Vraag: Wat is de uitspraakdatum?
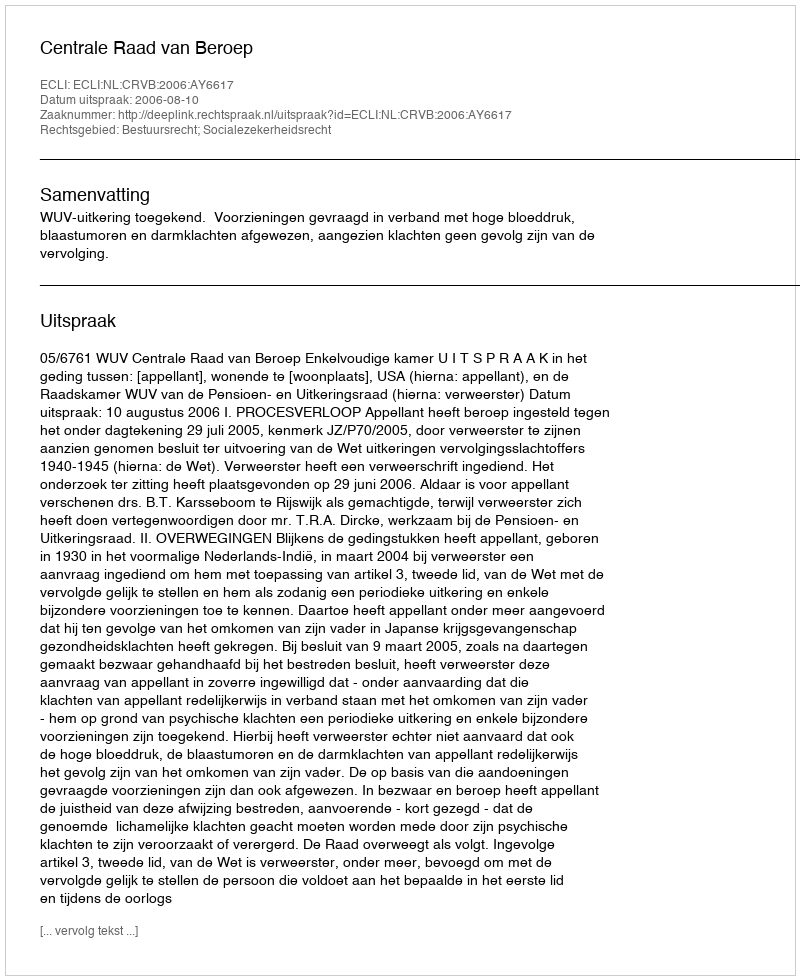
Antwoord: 2006-08-10